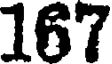
167